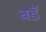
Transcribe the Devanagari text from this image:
बडॅ